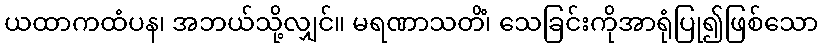
ယထာကထံပန၊ အဘယ်သို့လျှင်။ မရဏာသတိံ၊ သေခြင်းကိုအာရုံပြု၍ဖြစ်သော